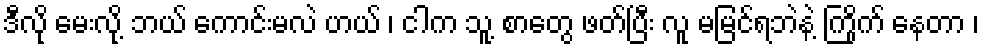
ဒီလို မေးလို့ ဘယ် ကောင်းမလဲ ဟယ် ၊ ငါက သူ့ စာတွေ ဖတ်ပြီး လူ မမြင်ရဘဲနဲ့ ကြိုက် နေတာ ၊